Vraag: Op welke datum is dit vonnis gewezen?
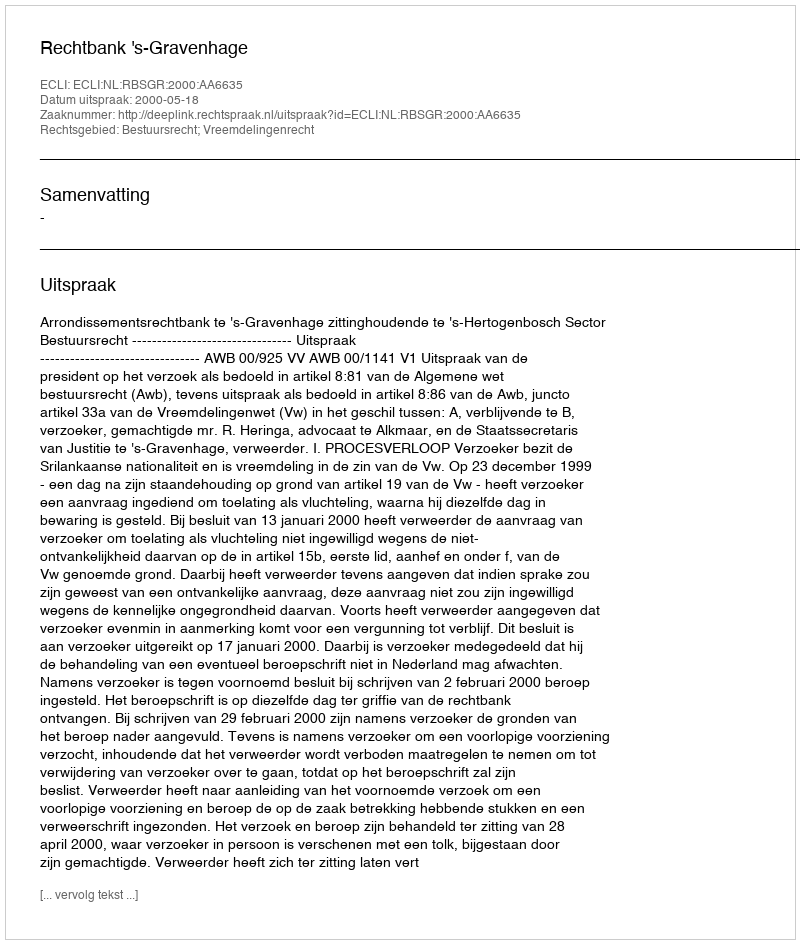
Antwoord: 2000-05-18